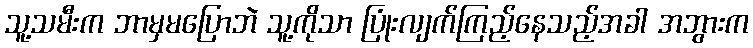
သူ့သမီးက ဘာမှမပြောဘဲ သူ့ကိုသာ ပြုံးလျက်ကြည့်နေသည့်အခါ အဘွားက